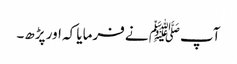
آپﷺ نے فرمایا کہ اور پڑھ۔